Statistical return of the lunatic asylum in Assam - 1912-1932
Year: 1912
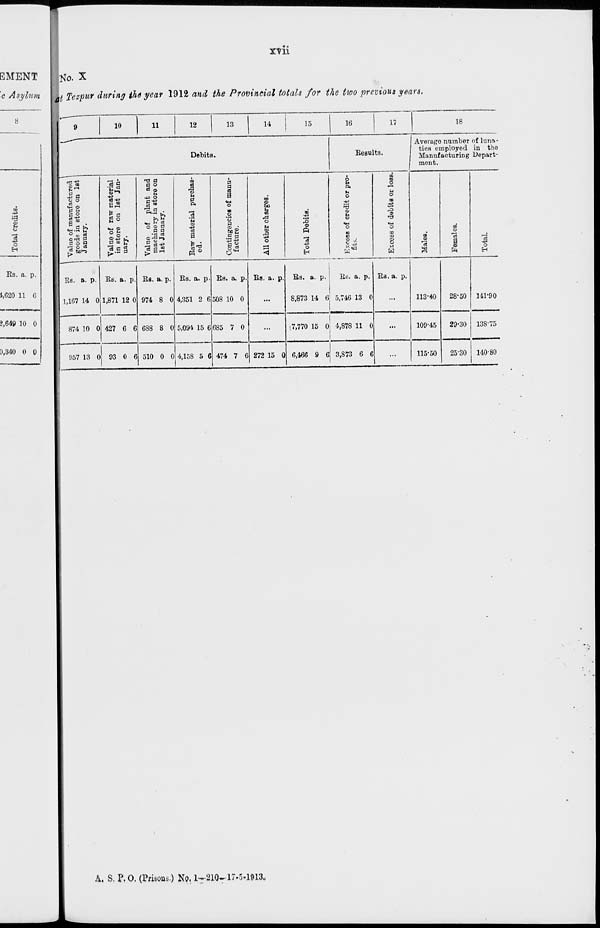
XT 11
EMENT
lo. X
c Asylum
to
43
3 <u E
5
3 o
H
Rs. a. P.
1,020 11 6
2,64°. 10 0
0,340 0 0
fit Tezpuf daring tha year 1912 and the Provincial totals for the Moo previous years,
10
li
12
13
14
15
16
17
18
Debits.
Results.
Average number of luna-
tics employed in the
Manufacturing Depart-
ment.
•213
So
f g
I 1 •
03 is
E3
° £
cS
P
T3 a
fl o
&
H ■*»
S ■
■ft.9 •
b£
S3
I
0
PI
(3
a
PI
<3>
.5 a
m
o
to u
o
M
<D
,a
•♦»
o
O
Q
o
o
M
u
o
m
m
O
u
©
O
(C
8 n
ID
o
a
Rs. a. p.
1,167 14 0
874 10 0
RB. a. p
1,871 12 0
427 6 6
)57 13 0 93 0 6
RB. a. p.
974 8 0
688 8 0
510 0 0
Rs. a. p.
4,351 2 6
5,094 15 6
4,158 5 6
Rs. a. p.
508 10 0
685 7 0
474 7 6
Rs. a. p.
272 15 0
Rs. a. p.
Rs. a. p.
8,873 14 6] 5,746 13 0
> 7,770 15 0 4,878 11 0
6,4fl6 9 6 3,873 6 6
Rs. a. p.
113-40
109-45
115-50
28-50
29-30
25-30
o
141-90
138-75
140-80
A, S. P, 0. ^Prisons.) No, 1^210-17-5-1913.